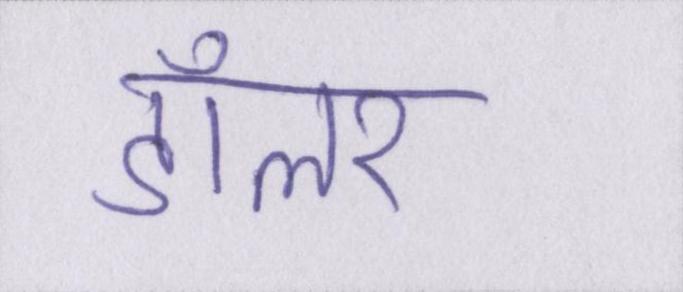
डॉलर